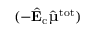
( - \hat { \mathrm { \mathbf { E } } } _ { \mathrm { c } } \hat { \mathbf { \upmu } } ^ { \mathrm { t o t } } )